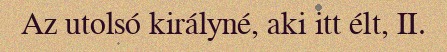
Az utolsó királyné, aki itt élt, II.